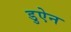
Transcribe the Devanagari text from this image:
डुऐन